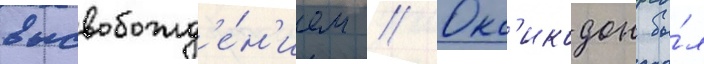
высвобожд'е́н'ием // Окс'икодон бы́л